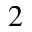
2